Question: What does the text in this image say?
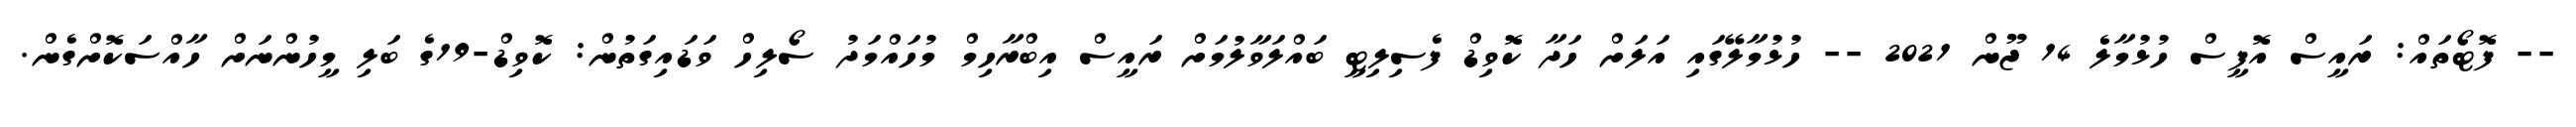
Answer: -- ފޮޓޯތައް: ރައީސް އޮފީސް ހުޅުމާލެ 14 ޖޫން 2021 -- ހުޅުމާލޭގައި އަލަށް ހަދާ ކޮވިޑް ފެސިލިޓީ ބައްލަވާލުމަށް ރައީސް އިބްރާހިމް މުހައްމަދު ސޯލިހް ވަޑައިގަތުން: ކޮވިޑް-19ގެ ބަލި މީހުންނަށް ހާއްސަކޮށްގެން.